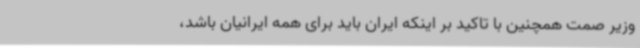
وزیر صمت همچنین با تاکید بر اینکه ایران باید برای همه ایرانیان باشد،